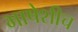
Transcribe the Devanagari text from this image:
भाषेशीच